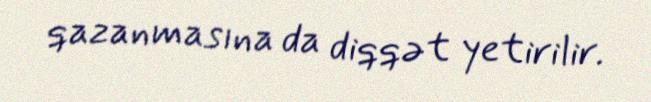
qazanmasına da diqqət yetirilir.